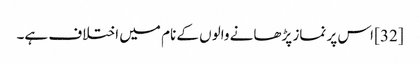
[32] اس پر نماز پڑھانے والوں کے نام میں اختلاف ہے۔